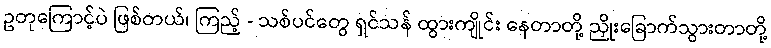
ဥတုကြောင့်ပဲ ဖြစ်တယ်၊ ကြည့် - သစ်ပင်တွေ ရှင်သန် ထွားကျိုင်း နေတာတို့ ညှိုးခြောက်သွားတာတို့